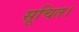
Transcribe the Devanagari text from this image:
सूचित।